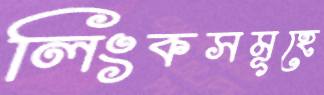
লিংকসমূহে